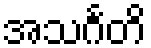
အသင်္ဂတိ